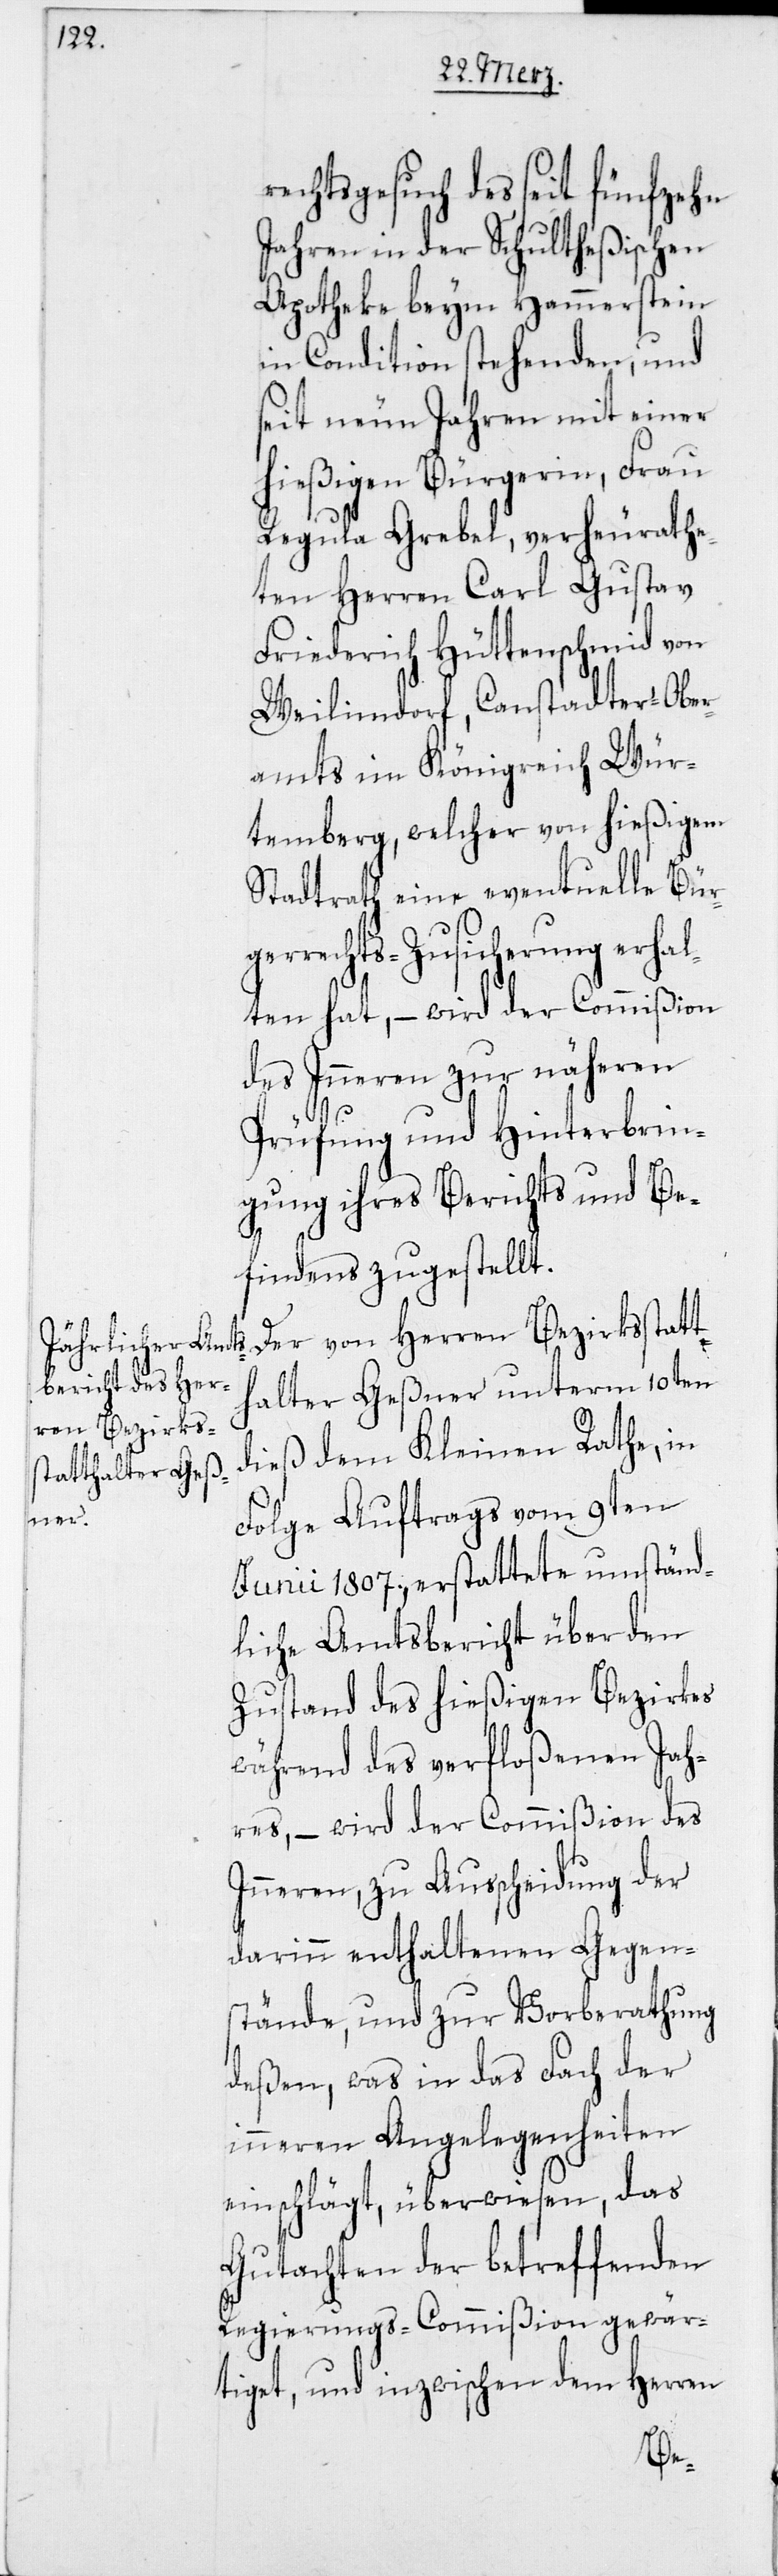
echtsgesuch des seit fünfzehn
Jahren in der Schultheßischen
Apotheke beym Hammerstein
in Condition stehenden, und
seit neun Jahren mit einer
hießigen Bürgerin, Frau
Regula Grebel, verheurathe¬
ten Herren Carl Gustav
Friederich Hüttenschmid von
Weilimdorf, Canstadter-Ober¬
amts im Königreich Wür¬
temberg, welcher von hießigem
Stadtrath eine eventuelle Bür¬
gerrechts-Zusicherung erhal¬
ten hat, – wird der Commißion
des Inneren zur näheren
Prüfung und Hinterbrin¬
gung ihres Berichts und Be¬
findens zugestellt.
Der von Herren Bezirksstatt¬
halter Geßner unterm 10ten
dieß dem Kleinen Rathe, in
Folge Auftrags vom 9ten
Junii 1807., erstattete umständ¬
liche Amtsbericht über den
Zustand des hießigen Bezirkes
während des verfloßenen Jah¬
res, – wird der Commißion des
Inneren, zu Ausscheidung der
darinn enthaltenen Gegen¬
stände, und zur Vorberathung
deßen, was in das Fach der
inneren Angelegenheiten
einschlägt, überwiesen, das
Gutachten der betreffenden
Regierungs-Commißion gewär¬
tiget, und inzwischen dem Herren
r¬